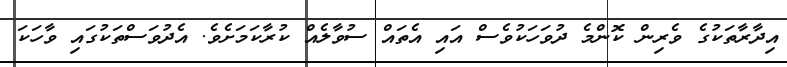
އިދާރާތަކުގެ ވެރިން ކޮންމެ ދުވަހަކުވެސް އައި އެތައް ސުވާލެއް ކުރާކަމަށެވެ. އެދުވަސްތަކުގައި ވާހަކަ